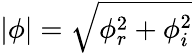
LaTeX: |\phi|=\sqrt{\phi_{r}^{2}+\phi_{i}^{2}}